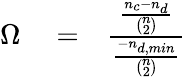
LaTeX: \begin{array}{rlr}{\Omega}&{{}=}&{\frac{\frac{n_{c}-n_{d}}{{\binom{n}{2}}}}{\frac{-n_{d,min}}{{\binom{n}{2}}}}}\end{array}